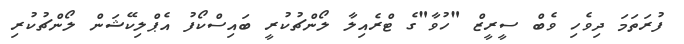
ފުރަތަމަ ދިވެހި ވެބް ސީރީޒް "ހުވާ"ގެ ޓްރެއިލާ ލޯންޗުކުރީ ބައިސްކޯފު އެޕްލިކޭޝަން ލޯންޗުކުރި